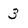
Character: 3